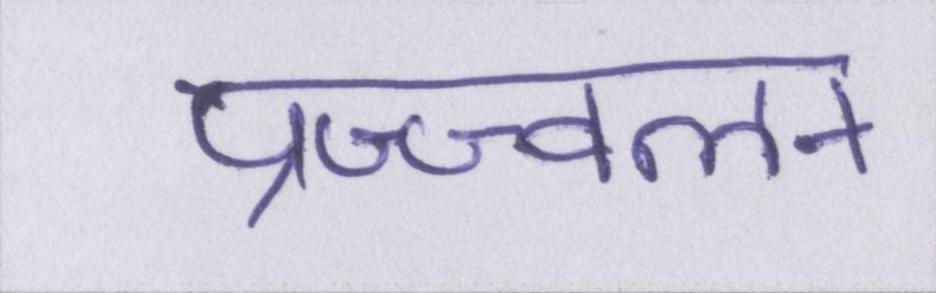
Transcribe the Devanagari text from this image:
प्रज्ज्वलन